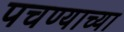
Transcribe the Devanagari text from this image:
पचण्याच्या